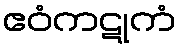
ဧဝံကဋုကံ